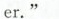
er, "